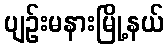
ပျဉ်းမနားမြို့နယ်